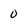
Character: 0